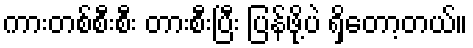
ကားတစ်စီးစီး တားစီးပြီး ပြန်ဖို့ပဲ ရှိတော့တယ်။